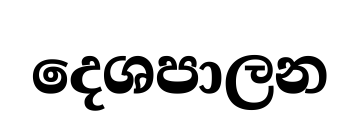
දෙශපාලන